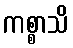
ကစ္စာသိ